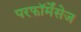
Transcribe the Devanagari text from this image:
परफॉर्मेंसेज